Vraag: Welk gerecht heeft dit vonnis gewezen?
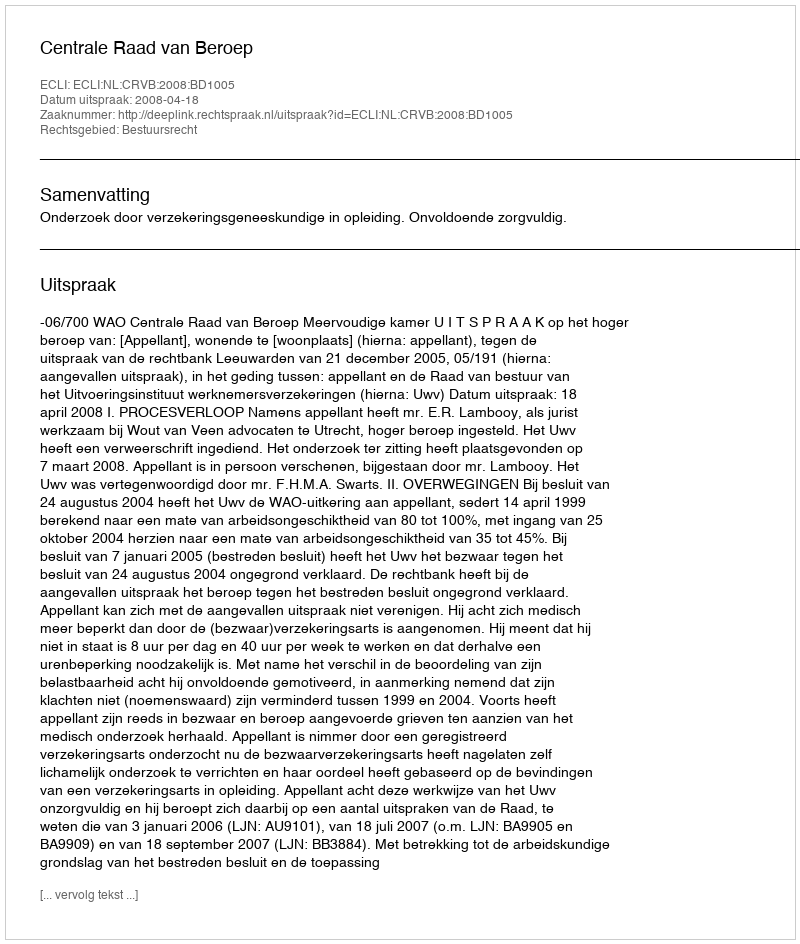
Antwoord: Centrale Raad van Beroep